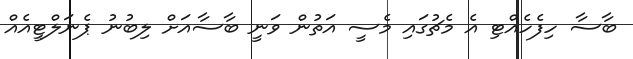
ބާސާ ހިފެހެއްޓި އެ މެޗުގައި މެސީ އަތުން ވަނީ ބާސާއަށް ލިބުނު ޕެނަލްޓީއެއް